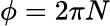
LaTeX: \phi=2\pi N